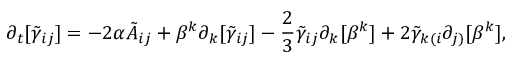
\partial _ { t } [ \tilde { \gamma } _ { i j } ] = - 2 \alpha \tilde { A } _ { i j } + \beta ^ { k } \partial _ { k } [ \tilde { \gamma } _ { i j } ] - \frac { 2 } { 3 } \tilde { \gamma } _ { i j } \partial _ { k } [ \beta ^ { k } ] + 2 \tilde { \gamma } _ { k ( i } \partial _ { j ) } [ \beta ^ { k } ] ,